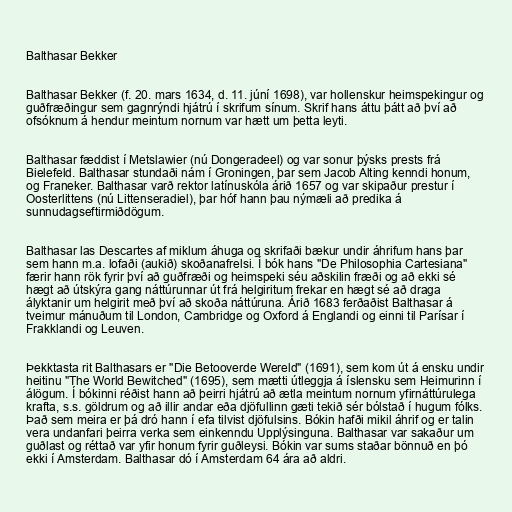
Balthasar Bekker

Balthasar Bekker (f. 20. mars 1634, d. 11. júní 1698), var hollenskur heimspekingur og
guðfræðingur sem gagnrýndi hjátrú í skrifum sínum. Skrif hans áttu þátt að því að
ofsóknum á hendur meintum nornum var hætt um þetta leyti.

Balthasar fæddist í Metslawier (nú Dongeradeel) og var sonur þýsks prests frá
Bielefeld. Balthasar stundaði nám í Groningen, þar sem Jacob Alting kenndi honum,
og Franeker. Balthasar varð rektor latínuskóla árið 1657 og var skipaður prestur í
Oosterlittens (nú Littenseradiel), þar hóf hann þau nýmæli að predika á
sunnudagseftirmiðdögum.

Balthasar las Descartes af miklum áhuga og skrifaði bækur undir áhrifum hans þar
sem hann m.a. lofaði (aukið) skoðanafrelsi. Í bók hans "De Philosophia Cartesiana"
færir hann rök fyrir því að guðfræði og heimspeki séu aðskilin fræði og að ekki sé
hægt að útskýra gang náttúrunnar út frá helgiritum frekar en hægt sé að draga
ályktanir um helgirit með því að skoða náttúruna. Árið 1683 ferðaðist Balthasar á
tveimur mánuðum til London, Cambridge og Oxford á Englandi og einni til Parísar í
Frakklandi og Leuven.

Þekktasta rit Balthasars er "Die Betooverde Wereld" (1691), sem kom út á ensku undir
heitinu "The World Bewitched" (1695), sem mætti útleggja á íslensku sem Heimurinn í
álögum. Í bókinni réðist hann að þeirri hjátrú að ætla meintum nornum yfirnáttúrulega
krafta, s.s. göldrum og að illir andar eða djöfullinn gæti tekið sér bólstað í hugum fólks.
Það sem meira er þá dró hann í efa tilvist djöfulsins. Bókin hafði mikil áhrif og er talin
vera undanfari þeirra verka sem einkenndu Upplýsinguna. Balthasar var sakaður um
guðlast og réttað var yfir honum fyrir guðleysi. Bókin var sums staðar bönnuð en þó
ekki í Amsterdam. Balthasar dó í Amsterdam 64 ára að aldri.